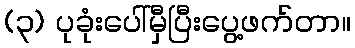
(၃) ပုခုံးပေါ်မှီပြီးပွေ့ဖက်တာ။